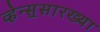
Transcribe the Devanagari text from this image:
व्हेन्स॒सारख्या